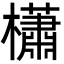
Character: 櫹